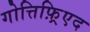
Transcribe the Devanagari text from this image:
गोत्तिफ़्रिएद